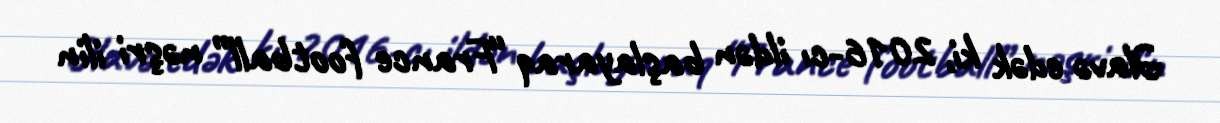
Əlavə edək ki, 2016-cı ildən başlayaraq “France football” nəşri ilin